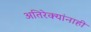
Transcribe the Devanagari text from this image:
अतिरेक्यांनाही